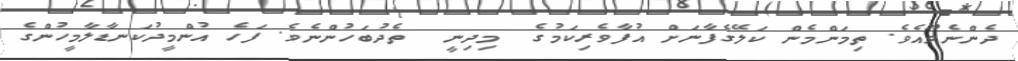
ދެންނެވޫއެވެ. ތިމަންމެން ކަލޭގެފާނަށް އުފާވެރިކަމުގެ  މިދިނީ  ތެދުބަހުންނެވެ. ފަހެ އުންމީދުކަނޑާލާމީހުންގެ